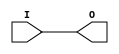
module IBUFG_HSTL_I_18 (O, I);

    output O;

    input  I;

	buf B1 (O, I);


endmodule